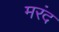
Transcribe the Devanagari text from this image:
मरंद